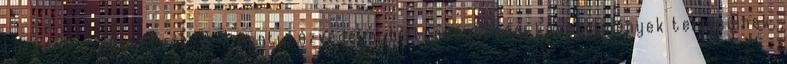
tûzkárt csökkentsék. 2. A fenti tûzvédelmi biztonságossági követelmények teljesülnek,